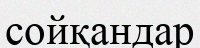
сойқандар